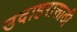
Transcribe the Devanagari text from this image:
उदाहरासाठी